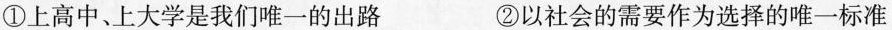
①上高中、上大学是我们唯一的出路 ②以社会的需要作为选择的唯一标准